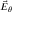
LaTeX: \scriptstyle { { \vec { E } } _ { \theta } }